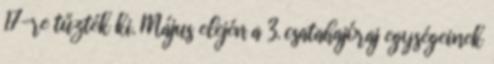
17-re tűzték ki. Május elején a 3. csatahajóraj egységeinek